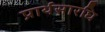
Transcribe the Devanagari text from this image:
प्रार्थसारधि